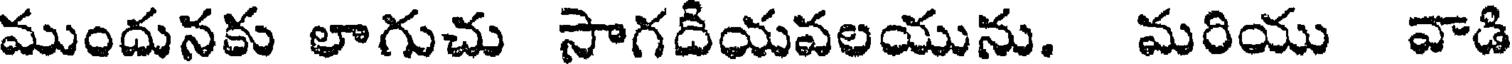
ముందునకు లాగుచు సాగదీయవలయును. మరియు వాడి